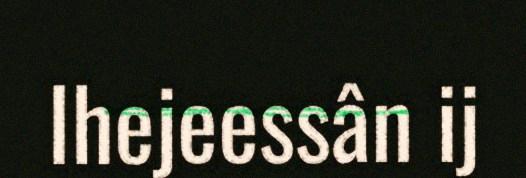
Ihejeessân ij